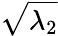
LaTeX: \sqrt{\lambda_{2}}